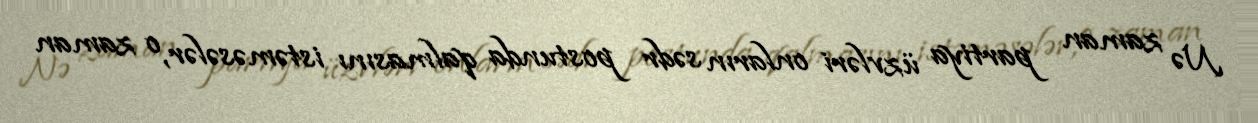
Nə zaman partiya üzvləri onların sədr postunda qalmasını istəməsələr, o zaman